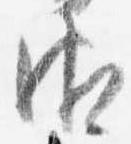
御